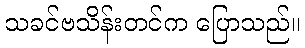
သခင်ဗသိန်းတင်က ပြောသည်။